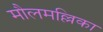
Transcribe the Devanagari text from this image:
मौलमल्लिका